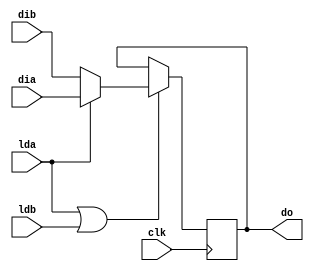
// an 8-Bit register with Parallel Load Capability
// 
//  Truth Table:
// 
//                 CLK LD | Operation
//               -----------+------------
//                  ^   L   | Hold
//                  ^   H   | Load
// 
// 
`timescale 1 ns / 1 ns // timescale for following modules

module rg8l2 (dia,
   dib,
   lda,
   ldb,
   do,
   clk);
input   [7:0] dia; //  Data input

input   [7:0] dib; //  Data input

input   lda; //  load a

input   ldb; //  load b

output  [7:0] do; //  Data output

input   clk; //  clock input

wire    [7:0] do; 
reg     [7:0] ido; 
wire    [7:0] idi; 
wire    ld; 
// --------------------------------------------
assign do = ido; 
//  Buffer data output
assign ld = lda | ldb; 
// ---------------------------------------------------------------------------
// 
//      Process: ff1
//  Description: This process implements d-flip flops.
// 
// ---------------------------------------------------------------------------
assign idi = lda == 1'b 1 ? dia : 
	dib; 
always @(posedge clk)
   begin : ff1
   if (ld == 1'b 1)
      begin
      ido <= idi;
      end
   end

endmodule // module rg8l2